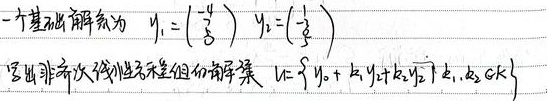
一个基础解系为 \(y_{1}=\begin{pmatrix}-4\\7\\0\\1\end{pmatrix}\)，\(y_{2}=\begin{pmatrix}-1\\-3\\1\\0\end{pmatrix}\)。写出非齐次线性方程组的解集 \(V = \{y_{0} + k_{1}y_{1} + k_{2}y_{2}\mid k_{1}, k_{2} \in \mathbf{K}\}\)